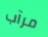
مرآب